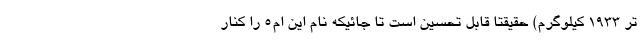
تر 1933 کیلوگرم) حقیقتا قابل تحسین است تا جائیکه نام این ام5 را کنار